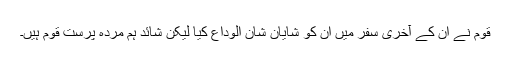
قوم نے ان کے آخری سفر میں اُن کو شایان شان الوداع کیا لیکن شائد ہم مردہ پرست قوم ہیں۔